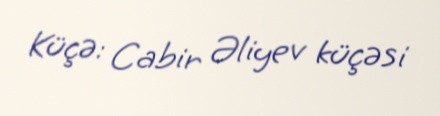
Küçə: Cabir Əliyev küçəsi